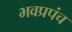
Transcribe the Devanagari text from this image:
भवप्रपंच